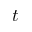
t